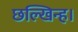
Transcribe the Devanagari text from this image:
छल्खिन्ह।